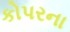
કોપરના